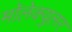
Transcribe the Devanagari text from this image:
मॉलेक्‍युलर